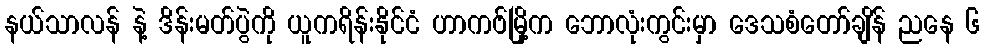
နယ်သာလန် နဲ့ ဒိန်းမတ်ပွဲကို ယူကရိန်းနိုင်ငံ ဟာကဗ်မြို့က ဘောလုံးကွင်းမှာ ဒေသစံတော်ချိန် ညနေ ၆